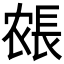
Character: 𰿍